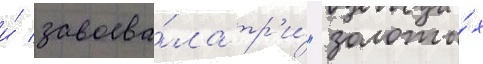
и́ завоева́ла тр'и́ "золоты́х